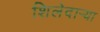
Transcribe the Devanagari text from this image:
शिलेदार्‍या